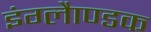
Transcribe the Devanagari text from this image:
इंग्लैाण्डक